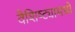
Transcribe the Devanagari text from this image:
वैशिष्ट्यामध्ये